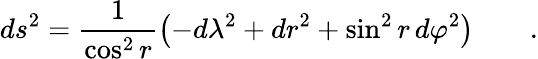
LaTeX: ds^{2}=\frac 1{\cos^{2}r}\left(-d\lambda^{2}+dr^{2}+\sin^{2}r\, d\varphi^{2}\right)\qquad.